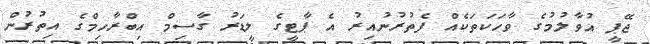
ޖޭޕީ އުވާލުމުގެ ވާހަކަތަކެއް ފެތުރުނުއިރު އެ ޕާޓީގެ ލީޑަރު ގާސިމް އިބްރާހިމްގެ އިތުރުން